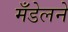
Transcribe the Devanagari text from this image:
मँडेलने